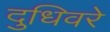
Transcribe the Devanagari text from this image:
दुधिवरे